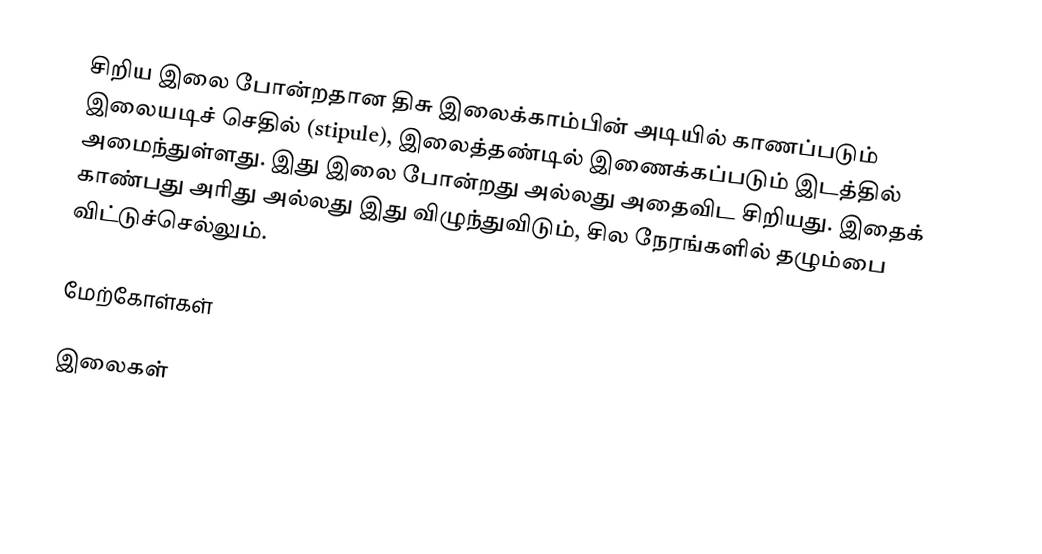
சிறிய இலை போன்றதான திசு இலைக்காம்பின் அடியில் காணப்படும் இலையடிச் செதில் (stipule), இலைத்தண்டில் இணைக்கப்படும் இடத்தில் அமைந்துள்ளது. இது இலை போன்றது அல்லது அதைவிட சிறியது. இதைக் காண்பது அரிது அல்லது இது விழுந்துவிடும், சில நேரங்களில் தழும்பை விட்டுச்செல்லும்.

மேற்கோள்கள்

இலைகள்